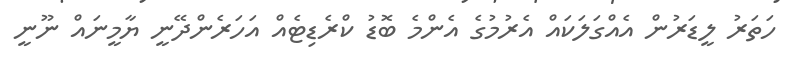
ހަތަރު ލީޑަރުން އެއްގަލަކައް އެރުމުގެ އެންމެ ބޮޑު ކްރެޑިޓެއް އަހަރެންދޭނީ ޔާމީނައް ނޫނީ